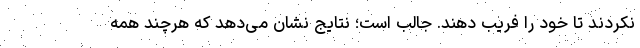
نکردند تا خود را فریب دهند. جالب است؛ نتایج نشان می‌دهد که هرچند همه